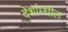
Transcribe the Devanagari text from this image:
देशांम्धील